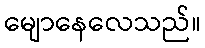
မျောနေလေသည်။